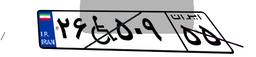
۲۶W۵۰۹۵۵